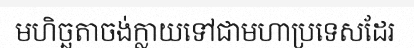
មហិច្ឆតាចង់ក្លាយទៅជាមហាប្រទេសដែរ